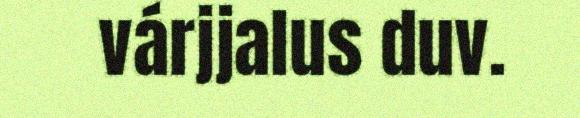
várjjalus duv.